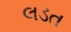
લડત